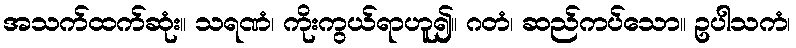
အသက်ထက်ဆုံး။ သရဏံ၊ ကိုးကွယ်ရာဟူ၍။ ဂတံ၊ ဆည်ကပ်သော။ ဥပါသကံ၊